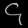
Digit: ၄